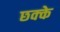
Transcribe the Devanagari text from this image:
छक्‍के